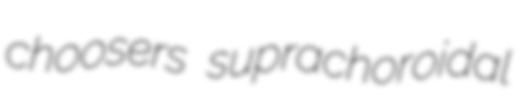
choosers suprachoroidal